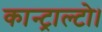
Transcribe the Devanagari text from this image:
कान्ट्राल्टो।